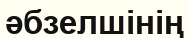
әбзелшінің